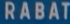
RABAT